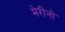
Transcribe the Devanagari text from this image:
मेरीनो